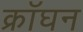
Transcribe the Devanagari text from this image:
क्रॉघन